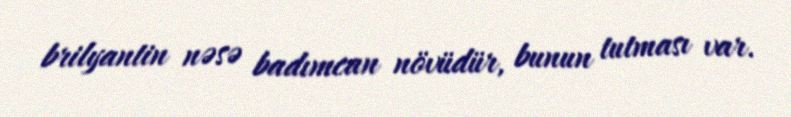
brilyantin nəsə badımcan növüdür, bunun tutması var.